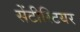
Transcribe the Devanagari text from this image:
सेंटीस्टियर